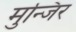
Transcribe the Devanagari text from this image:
मुन्जिर